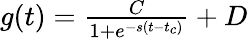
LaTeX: \begin{array}{r}{g(t)=\frac{C}{1+e^{-s(t-t_{c})}}+D}\end{array}